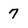
Character: 7